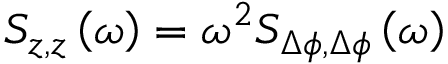
S _ { z , z } \left( \omega \right) = \omega ^ { 2 } S _ { \Delta \phi , \Delta \phi } \left( \omega \right)